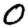
Digit: 0